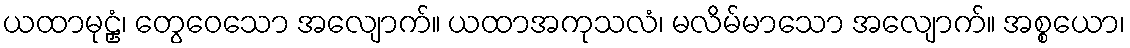
ယထာမုဠှံ၊ တွေဝေသော အလျောက်။ ယထာအကုသလံ၊ မလိမ်မာသော အလျောက်။ အစ္စယော၊